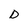
Character: D